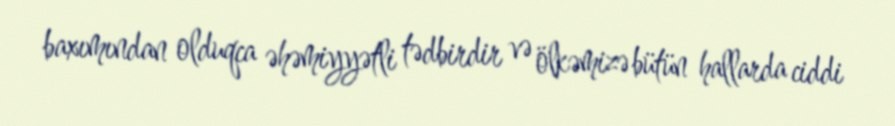
baxımından olduqca əhəmiyyətli tədbirdir və ölkəmizə bütün hallarda ciddi